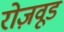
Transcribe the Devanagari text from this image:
रोज़वूड